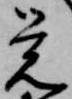
覚